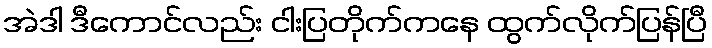
အဲဒါ ဒီကောင်လည်း ငါးပြတိုက်ကနေ ထွက်လိုက်ပြန်ပြီ